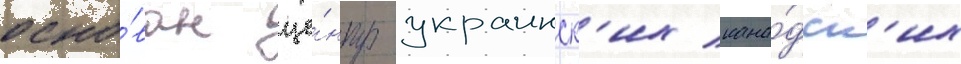
осно́ван це́нтр украинск'их кана́дск'их